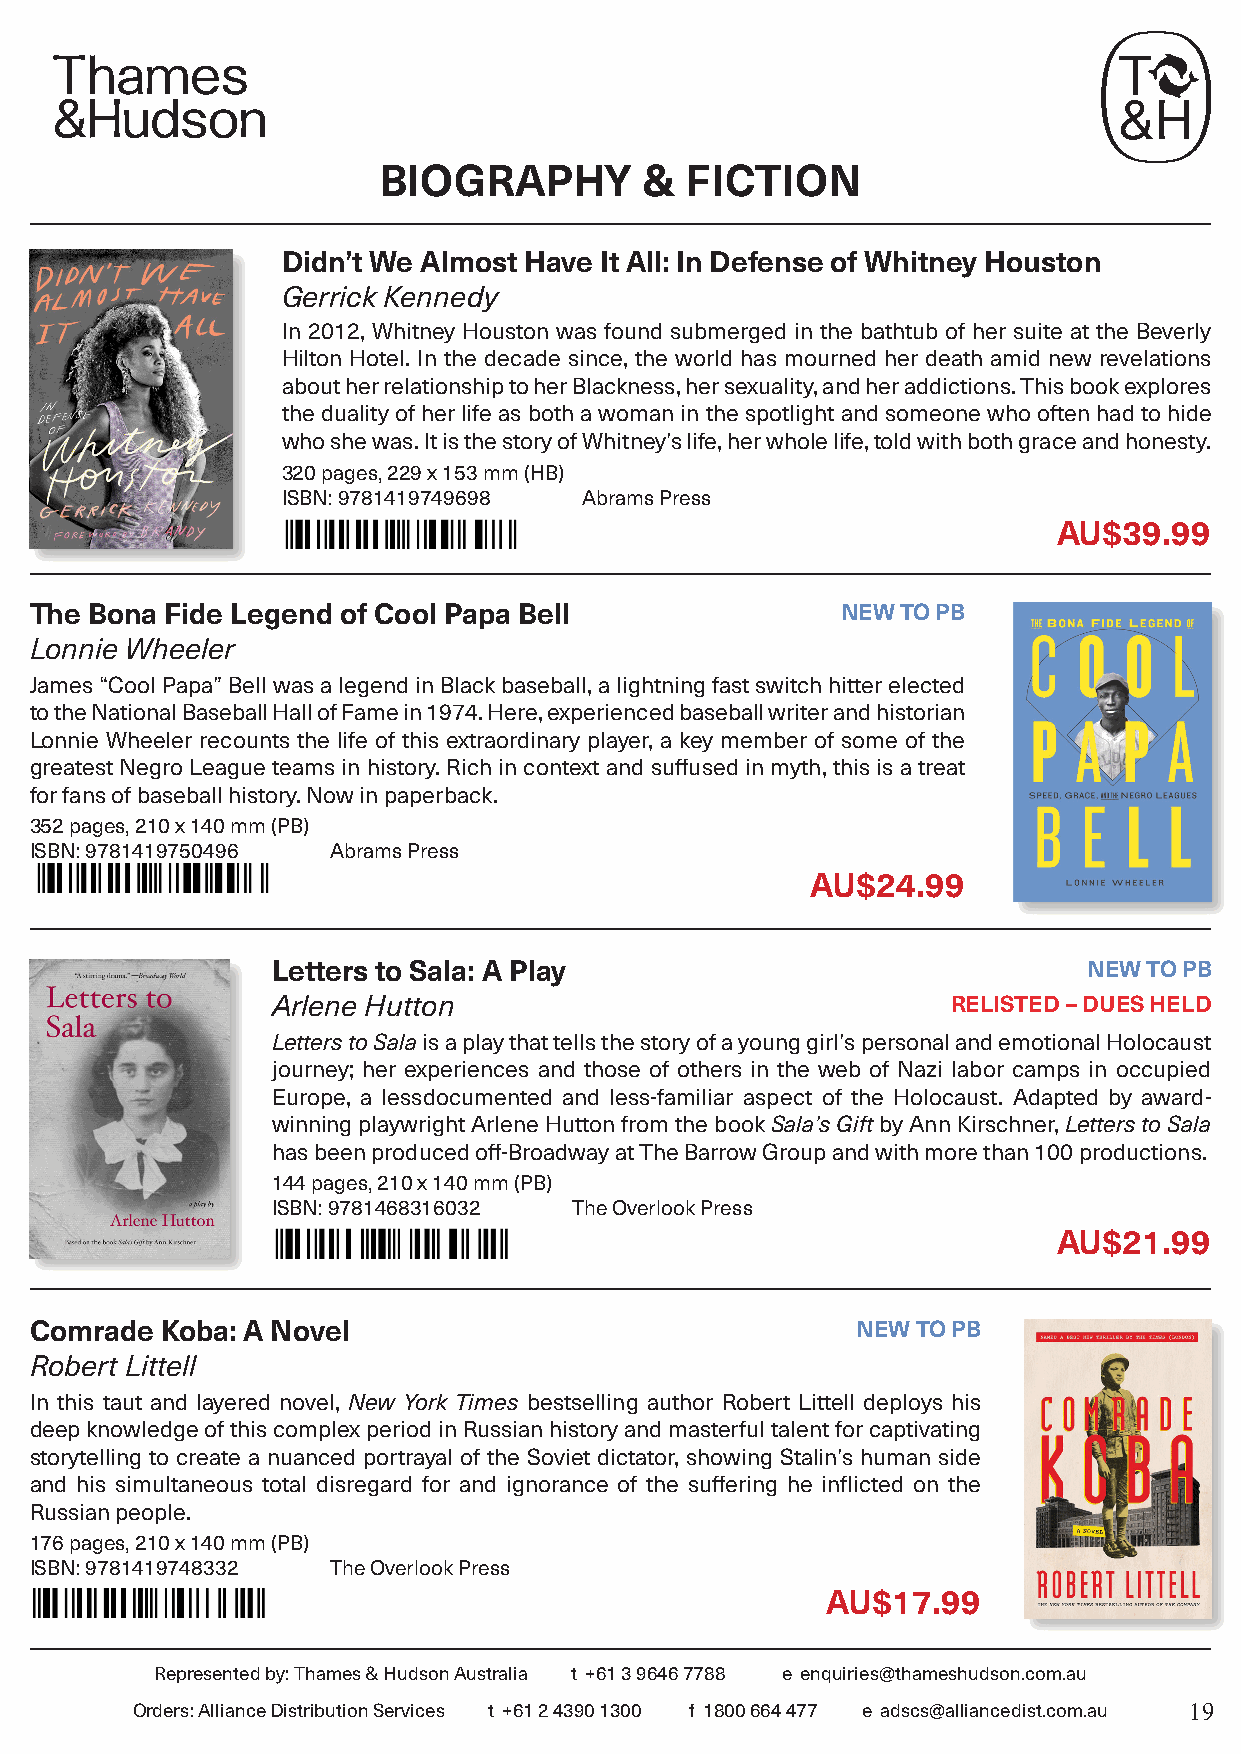
BIOGRAPHY         & FICTION
 Didn’t We Almost Have It All: In Defense of Whitney Houston
 Gerrick Kennedy
 In 2012, Whitney Houston was found submerged in the bathtub of her suite at the Beverly
 Hilton Hotel. In the decade since, the world has mourned her death amid new revelations
 about her relationship to her Blackness, her sexuality, and her addictions. This book explores
 the duality of her life as both a woman in the spotlight and someone who often had to hide
 who she was. It is the story of Whitney’s life, her whole life, told with both grace and honesty.
 320 pages, 229 x 153 mm (HB)
 ISBN: 9781419749698 Abrams Press
 AU$39.99
 The Bona Fide Legend of Cool Papa Bell                NEW TO PB
 Lonnie Wheeler
 James “Cool Papa” Bell was a legend in Black baseball, a lightning fast switch hitter elected
 to the National Baseball Hall of Fame in 1974. Here, experienced baseball writer and historian
 Lonnie Wheeler recounts the life of this extraordinary player, a key member of some of the
 greatest Negro League teams in history. Rich in context and suffused in myth, this is a treat
 for fans of baseball history. Now in paperback.
 352 pages, 210 x 140 mm (PB)
 ISBN: 9781419750496 Abrams Press
 AU$24.99
 Letters to Sala: A Play                               NEW TO PB
 Arlene Hutton                                RELISTED – DUES HELD
 Letters to Sala is a play that tells the story of a young girl’s personal and emotional Holocaust
 journey; her experiences and those of others in the web of Nazi labor camps in occupied
 Europe, a lessdocumented and less-familiar aspect of the Holocaust. Adapted by award-
 winning playwright Arlene Hutton from the book Sala’s Gift by Ann Kirschner, Letters to Sala
 has been produced off-Broadway at The Barrow Group and with more than 100 productions.
 144 pages, 210 x 140 mm (PB)
 ISBN: 9781468316032 The Overlook Press
 AU$21.99
 Comrade  Koba: A Novel                                 NEW TO PB
 Robert Littell
 In this taut and layered novel, New York Times bestselling author Robert Littell deploys his
 deep knowledge of this complex period in Russian history and masterful talent for captivating
 storytelling to create a nuanced portrayal of the Soviet dictator, showing Stalin’s human side
 and his simultaneous total disregard for and ignorance of the suffering he inflicted on the
 Russian people.
 176 pages, 210 x 140 mm (PB)
 ISBN: 9781419748332 The Overlook Press
 AU$17.99
 Represented by: Thames & Hudson Australia t +61 3 9646 7788 e enquiries@thameshudson.com.au
 Orders: Alliance Distribution Services t +61 2 4390 1300 f 1800 664 477 e adscs@alliancedist.com.au 19